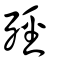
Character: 殌